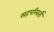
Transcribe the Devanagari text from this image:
सहपरिवर्ती